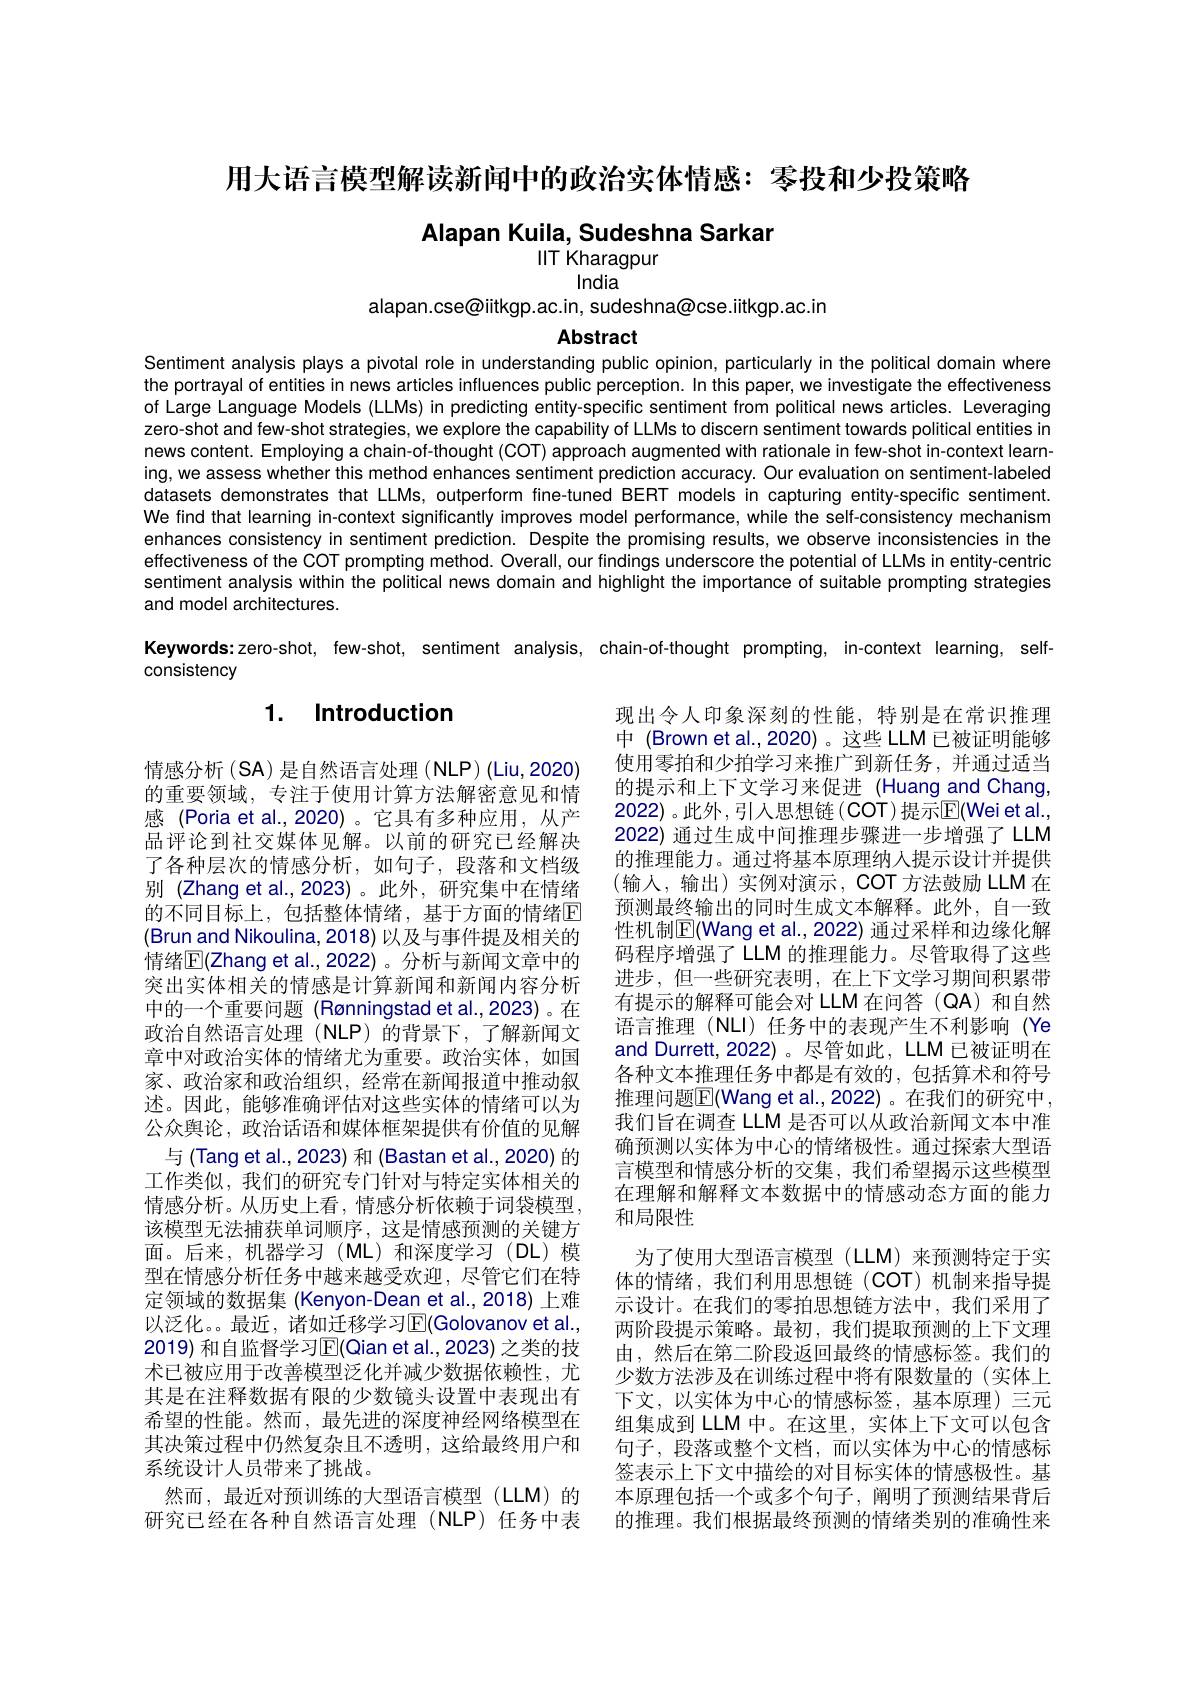
用大语言模型解读新闻中的政治实体情感：零投和少投策略

Alapan Kuila, Sudeshna Sarkar
# IIT Kharagpur

India
alapan.cse@iitkgp.ac.in, sudeshna@cse.iitkgp.ac.in
Abstract

Sentiment analysis plays a pivotal role in understanding public opinion, particularly in the political domain where the portrayal of entities in news articles influences public perception. In this paper, we investigate the effectiveness of Large Language Models (LLMs) in predicting entity-specific sentiment from political news articles. Leveraging zero-shot and few-shot strategies, we explore the capability of LLMs to discern sentiment towards political entities in news content. Employing a chain-of-thought (COT) approach augmented with rationale in few-shot in-context learning, we assess whether this method enhances sentiment prediction accuracy. Our evaluation on sentiment-labeled datasets demonstrates that LLMs, outperform fine-tuned BERT models in capturing entity-specific sentiment. We find that learning in-context significantly improves model performance, while the self-consistency mechanism enhances consistency in sentiment prediction. Despite the promising results, we observe inconsistencies in the effectiveness of the COT prompting method. Overall, our findings underscore the potential of LLMs in entity-centric sentiment analysis within the political news domain and highlight the importance of suitable prompting sirategies and model architectures.
Keywords:zero-shot, few-shot, sentiment analysis, chain-of-thought prompting, in-context learning, self-

consistency

# 1. Introduction

现出令人印象深刻的性能，特别是在常识推理中 (Brown et al.,2020)。这些 LLM 已被证明能够使用零拍和少拍学习来推广到新任务，并通过适当的提示和上下文学习来促进 (Huang and Chang, 2022)。此外，引入思想链(COT)提示$\mathbb{E}($Wei et al., 2022) 通过生成中间推理步骤进一步增强了 LLM 的推理能力。通过将基本原理纳人提示设计并提供(输人，输出)实例对演示，COT 方法鼓励 LLM 在预测最终输出的同时生成文本解释。此外，自一致性机制$\mathbb{E}($Wang et al., 2022) 通过采样和边缘化解码程序增强了 LLM 的推理能力。尽管取得了这些进步，但一些研究表明，在上下文学习期间积累带有提示的解释可能会对 LLM 在问答 (QA) 和自然语言推理 (NLI) 任务中的表现产生不利影响 (Ye and Durrett, 2022)。尽管如此，LLM 已被证明在各种文本推理任务中都是有效的，包括算术和符号推理问题$\boxed{\mathbb{F}}($Wang et al.,2022)。在我们的研究中， 我们旨在调查 LLM 是否可以从政治新闻文本中准确预测以实体为中心的情绪极性。通过探索大型语言模型和情感分析的交集，我们希望揭示这些模型在理解和解释文本数据中的情感动态方面的能力和局限性
为了使用大型语言模型(LLM)来预测特定于实体的情绪，我们利用思想链(COT)机制来指导提示设计。在我们的零拍思想链方法中，我们采用了两阶段提示策略。最初，我们提取预测的上下文理由，然后在第二阶段返回最终的情感标签。我们的少数方法涉及在训练过程中将有限数量的(实体上下文，以实体为中心的情感标签，基本原理)三元组集成到 LLM 中。在这里，实体上下文可以包含句子，段落或整个文档，而以实体为中心的情感标签表示上下文中描绘的对目标实体的情感极性。基本原理包括一个或多个句子，阐明了预测结果背后的推理。我们根据最终预测的情绪类别的准确性来

情感分析$(\mathbf{SA})$是自然语言处理 (NLP) (Liu,2020) 的重要领域，专注于使用计算方法解密意见和情感 (Poria et al.,2020)。它具有多种应用，从产品评论到社交媒体见解。以前的研究已经解决了各种层次的情感分析，如句子，段落和文档级别 (Zhang et al.,2023)。此外，研究集中在情绪的不同目标上，包括整体情绪，基于方面的情绪$\mathbb{E}$ (Brun and Nikoulina,2018) 以及与事件提及相关的情绪$\mathbb{E}($Zhang et al.,2022)。分析与新闻文章中的突出实体相关的情感是计算新闻和新闻内容分析中的一个重要问题 (Rønningstad et al.,2023) 。在政治自然语言处理(NLP)的背景下，了解新闻文章中对政治实体的情绪尤为重要。政治实体，如国家、政治家和政治组织，经常在新闻报道中推动叙述。因此，能够准确评估对这些实体的情绪可以为公众舆论，政治话语和媒体框架提供有价值的见解
与(Tang et al., 2023) 和 (Bastan et al., 2020) 的工作类似，我们的研究专门针对与特定实体相关的情感分析。从历史上看，情感分析依赖于词袋模型， 该模型无法捕获单词顺序，这是情感预测的关键方面。后来，机器学习(ML)和深度学习(DL)模型在情感分析任务中越来越受欢迎，尽管它们在特定领域的数据集 (Kenyon-Dean et al.,2018) 上难以泛化。。最近，诸如迁移学习$\mathbb{E}($Golovanov et al., 2019) 和自监督学习$\operatorname{E}($Qian et al.,2023) 之类的技术已被应用于改善模型泛化并减少数据依赖性，尤其是在注释数据有限的少数镜头设置中表现出有希望的性能。然而，最先进的深度神经网络模型在其决策过程中仍然复杂且不透明，这给最终用户和系统设计人员带来了挑战。
然而，最近对预训练的大型语言模型(LLM)的研究已经在各种自然语言处理(NLP)任务中表